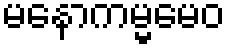
မနောကမ္မမေဝ